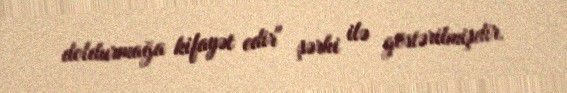
doldurmağa kifayət edir" şərhi ilə göstərilmişdir.